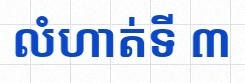
លំហាត់ទី ៣